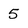
Character: 5